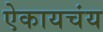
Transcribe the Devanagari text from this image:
ऐकायचंय